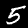
Label: 5